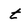
Character: t